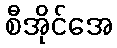
စီအိုင်အေ